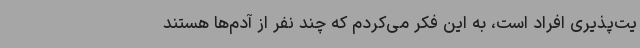
یت‌پذیری افراد است، به این فکر می‌کردم که چند نفر از آدم‌ها هستند